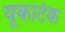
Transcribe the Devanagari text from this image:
यूकाटेक